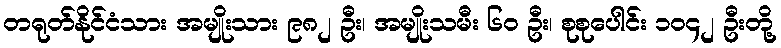
တရုတ်နိုင်ငံသား အမျိုးသား ၉၈၂ ဦး၊ အမျိုးသမီး ၆၀ ဦး၊ စုစုပေါင်း ၁၀၄၂ ဦးတို့